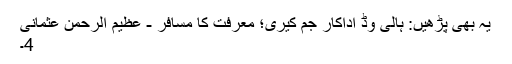
یہ بھی پڑھیں: ہالی وڈ اداکار جم کیری؛ معرفت کا مسافر - عظیم الرحمن عثمانی
4۔